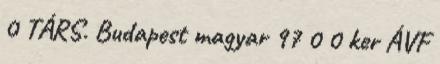
0 TÁRS. Budapest magyar 97 0 0 ker ÁVF